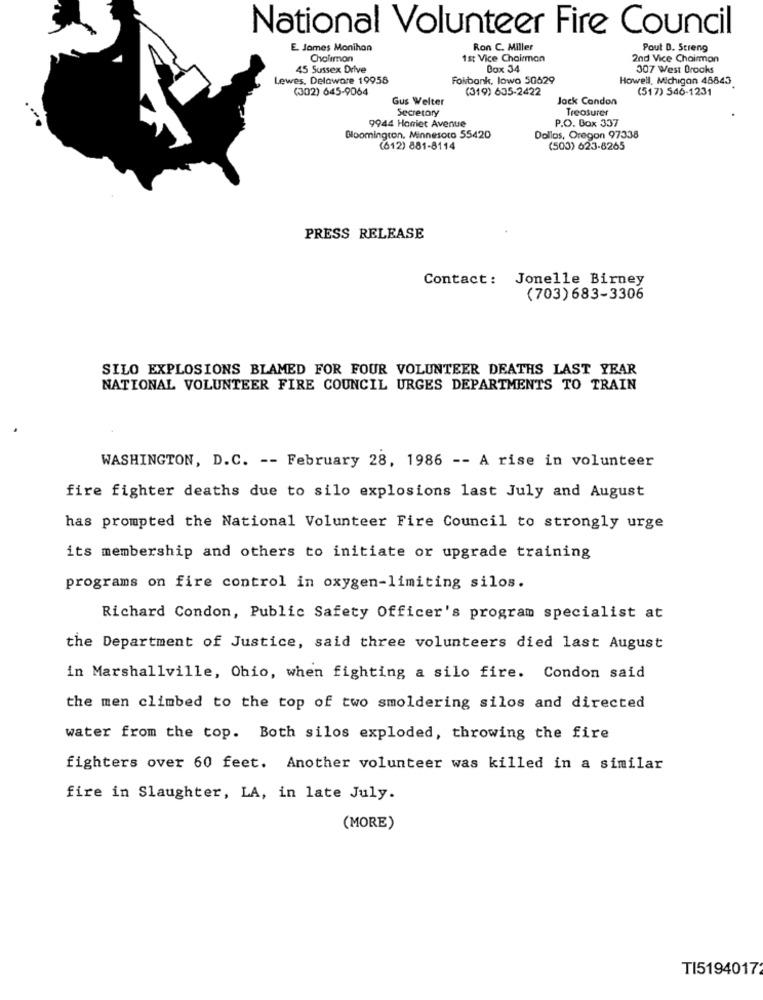
National Volunteer Fire Council
E. James Monihon
Ron C. Miller
Pout D. Streng
Cholimon
1st Vice Chairman
2nd Vice Chairman
45 Sussex Drive
Dox 34
307 West Brooks
Lewes, Delaware 19958
Foibank, lowo 50529
Howell, Michigan 48843
(302) 645-9064
(319) 635-2422
(517) 546-1231
Gus Welter
Jack Condon
Secretary
Treasurer
9944 Harriet Avenue
P.O. Box 337
Bloomington. Minnesoro 55420
Dollos, Oregon 97338
(612) 881-8114
(503) 623-8265
PRESS RELEASE
Contact: Jonelle Birney
(703) 683-3306
SILO EXPLOSIONS BLAMED FOR FOUR VOLUNTEER DEATHS LAST YEAR
NATIONAL VOLUNTEER FIRE COUNCIL URGES DEPARTMENTS TO TRAIN
WASHINGTON, D.C. -- February 28, 1986 -- A rise in volunteer
fire fighter deaths due to silo explosions last July and August
has prompted the National Volunteer Fire Council to strongly urge
its membership and others to initiate or upgrade training
programs on fire control in oxygen-limiting silos.
Richard Condon, Public Safety Officer's program specialist at
the Department of Justice, said three volunteers died last August
in Marshallville, Ohio, when fighting a silo fire. Condon said
the men climbed to the top of two smoldering silos and directed
water from the top. Both silos exploded, throwing the fire
fighters over 60 feet. Another volunteer was killed in a similar
fire in Slaughter, LA, in late July.
(MORE)
TI5194017